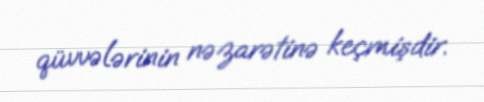
qüvvələrinin nəzarətinə keçmişdir.